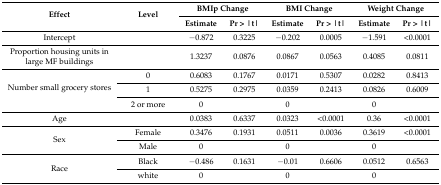
<table><thead><tr><td rowspan="2"><b>Effect</b></td><td rowspan="2"><b>Level</b></td><td colspan="2"><b>BMIp Change</b></td><td colspan="2"><b>BMI Change</b></td><td colspan="2"><b>Weight Change</b></td></tr><tr><td><b>Estimate</b></td><td><b>Pr &gt; |t|</b></td><td><b>Estimate</b></td><td><b>Pr &gt; |t|</b></td><td><b>Estimate</b></td><td><b>Pr &gt; |t|</b></td></tr></thead><tbody><tr><td>Intercept</td><td></td><td>−0.872</td><td>0.3225</td><td>−0.202</td><td>0.0005</td><td>−1.591</td><td>&lt;0.0001</td></tr><tr><td>Proportion housing units in large MF buildings</td><td></td><td>1.3237</td><td>0.0876</td><td>0.0867</td><td>0.0563</td><td>0.4085</td><td>0.0811</td></tr><tr><td rowspan="3">Number small grocery stores</td><td>0</td><td>0.6083</td><td>0.1767</td><td>0.0171</td><td>0.5307</td><td>0.0282</td><td>0.8413</td></tr><tr><td>1</td><td>0.5275</td><td>0.2975</td><td>0.0359</td><td>0.2413</td><td>0.0826</td><td>0.6009</td></tr><tr><td>2 or more</td><td>0</td><td></td><td>0</td><td></td><td>0</td><td></td></tr><tr><td>Age</td><td></td><td>0.0383</td><td>0.6337</td><td>0.0323</td><td>&lt;0.0001</td><td>0.36</td><td>&lt;0.0001</td></tr><tr><td rowspan="2">Sex</td><td>Female</td><td>0.3476</td><td>0.1931</td><td>0.0511</td><td>0.0036</td><td>0.3619</td><td>&lt;0.0001</td></tr><tr><td>Male</td><td>0</td><td></td><td>0</td><td></td><td>0</td><td></td></tr><tr><td rowspan="2">Race</td><td>Black</td><td>−0.486</td><td>0.1631</td><td>−0.01</td><td>0.6606</td><td>0.0512</td><td>0.6563</td></tr><tr><td>white</td><td>0</td><td></td><td>0</td><td></td><td>0</td><td></td></tr></tbody></table>